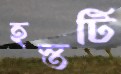
হস্তটি